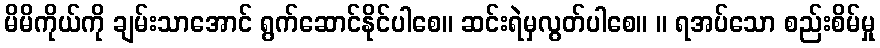
မိမိကိုယ်ကို ချမ်းသာအောင် ရွက်ဆောင်နိုင်ပါစေ။ ဆင်းရဲမှလွတ်ပါစေ။ ။ ရအပ်သော စည်းစိမ်မှု